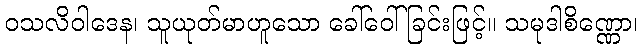
ဝသလိဝါဒေန၊ သူယုတ်မာဟူသော ခေါ်ဝေါ်ခြင်းဖြင့်။ သမုဒါစိဏ္ဏော၊